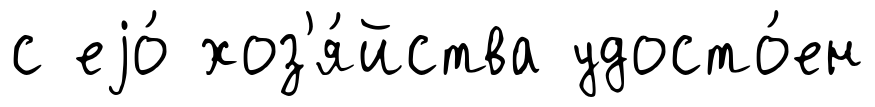
с еjо́ хоз'я́йства удосто́ен